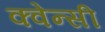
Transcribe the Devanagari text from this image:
क्वेन्सी